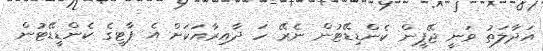
އަދާލަތު ވަނީ ޖޭޕީން ކެންޑިޑޭޓުން ނެރޭ ހަ ދާއިރާއަކަށް އެ ޕާޓީގެ ކެންޑީޑޭޓުން